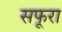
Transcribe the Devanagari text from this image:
सफूरा